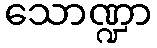
သောဏ္ဍာ